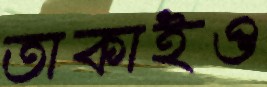
তাকাইও